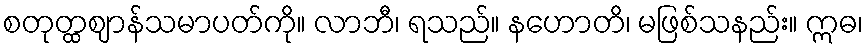
စတုတ္ထဈာန်သမာပတ်ကို။ လာဘီ၊ ရသည်။ နဟောတိ၊ မဖြစ်သနည်း။ ဣဓ၊